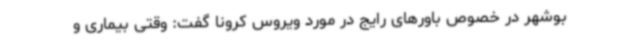
بوشهر در خصوص باورهای رایج در مورد ویروس کرونا گفت: وقتی بیماری و